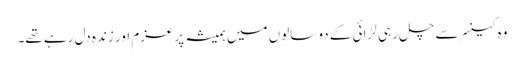
وہ کینسر سے چل رہی لڑائی کے دو سالوں میں ہمیشہ پرعزم اور زندہ دل رہے تھے۔